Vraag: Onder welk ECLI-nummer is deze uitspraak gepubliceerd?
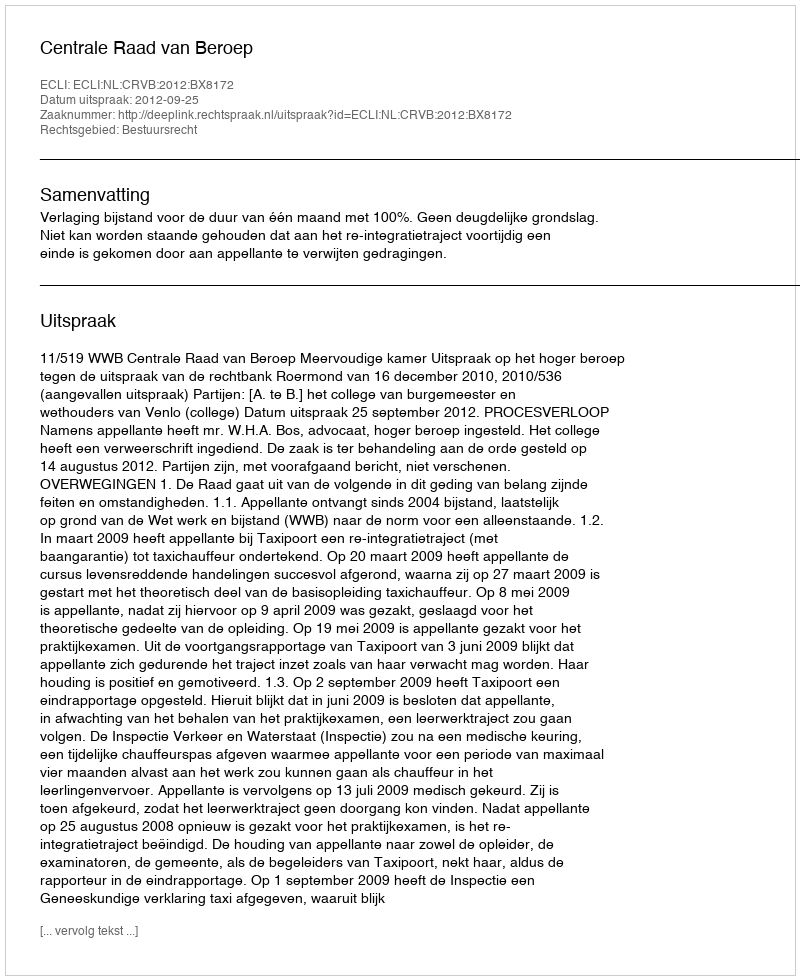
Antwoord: ECLI:NL:CRVB:2012:BX8172